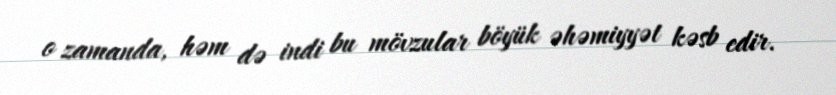
o zamanda, həm də indi bu mövzular böyük əhəmiyyət kəsb edir.